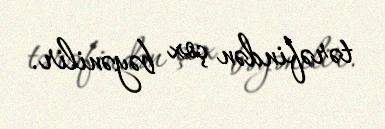
tərəfindən çox bəyənilir.